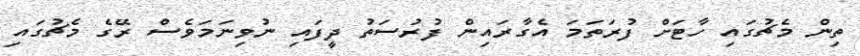
ތިން މެޗުގައި ހާޓަށް ފުރަތަމަ އެގާރައިން ފުރުސަތު ދީފައި ނުވިނަމަވެސް ރޭގެ މެޗުގައި